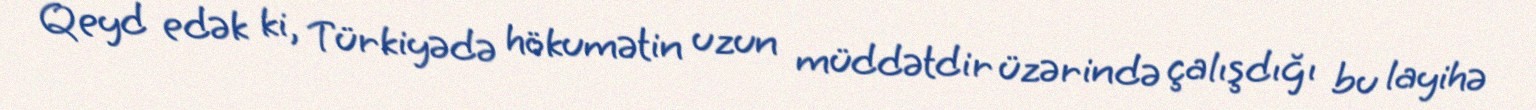
Qeyd edək ki, Türkiyədə hökumətin uzun müddətdir üzərində çalışdığı bu layihə